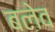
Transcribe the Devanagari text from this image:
बलेव